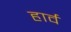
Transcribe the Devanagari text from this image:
हार्व